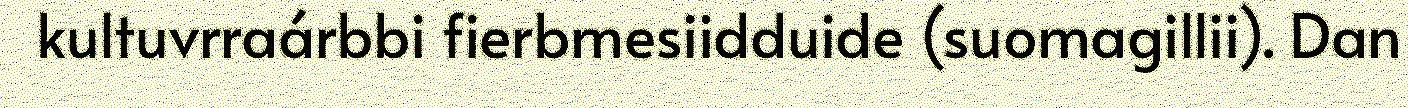
kultuvrraárbbi fierbmesiidduide (suomagillii). Dan